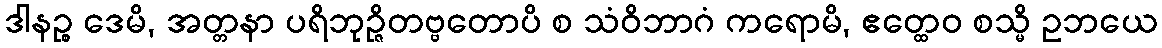
ဒါနဉ္စ ဒေမိ, အတ္တနာ ပရိဘုဉ္ဇိတဗ္ဗတောပိ စ သံဝိဘာဂံ ကရောမိ, ဧတ္ထေဝ စသ္မိ ဥဘယေ